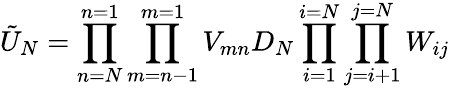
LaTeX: \tilde{U}_{N}=\prod_{n=N}^{n=1}\prod_{m=n-1}^{m=1}V_{mn}D_{N}\prod_{i=1}^{i=N}\prod_{j=i+1}^{j=N}W_{ij}